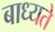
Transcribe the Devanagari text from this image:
बाध्यते